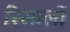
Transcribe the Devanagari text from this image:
रिसालों